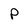
Character: p